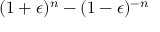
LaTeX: ( 1 + \epsilon ) ^ { n } - ( 1 - \epsilon ) ^ { - n }